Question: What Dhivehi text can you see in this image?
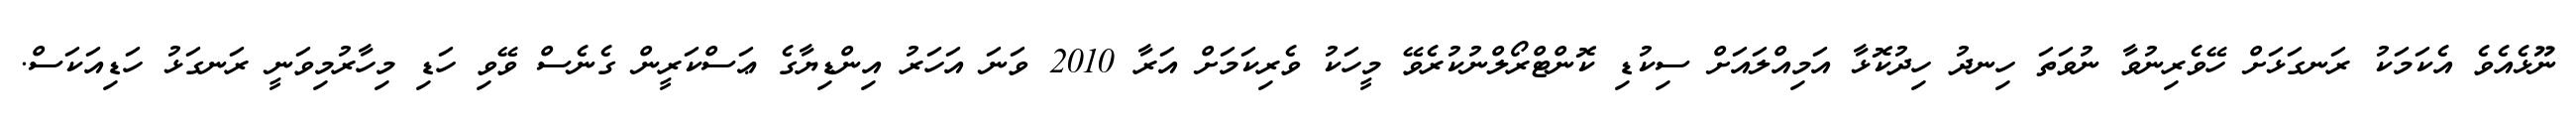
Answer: ނޫޅެއެވެ އެކަމަކު ރަނގަޅަށް ހޭވެރިނުވާ ނުވަތަ ހިނދު ހިދުކޮޅާ އަމިއްލައަށް ސިކުޑި ކޮންޓްރޯލްނުކުރެވޭ މީހަކު ވެރިކަމަށް އަރާ 2010 ވަނަ އަހަރު އިންޑިޔާގެ ޢަސްކަރީން ގެނެސް ވޭވި ހަޑި މިހާރުމިވަނީ ރަނގަޅު ހަޑިއަކަސް.